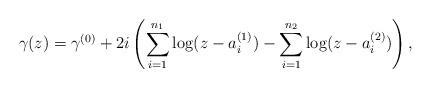
LaTeX: \begin{align*}\gamma (z)=\gamma^{(0)}+2i\left (\sum_{i=1}^{n_1}\log (z-a_i^{(1)})- \sum_{i=1}^{n_2}\log (z-a_i^{(2)})\right ),\end{align*}